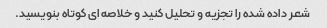
شعر داده شده را تجزیه و تحلیل کنید و خلاصه ای کوتاه بنویسید.